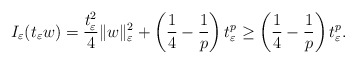
\begin{align*}I_{\varepsilon}(t_{\varepsilon}w)=\frac{t_{\varepsilon}^{2}}{4}\|w\|_{\varepsilon}^{2}+\left(\frac{1}{4}-\frac{1}{p}\right)t_{\varepsilon}^{p}\ge\left(\frac{1}{4}-\frac{1}{p}\right)t_{\varepsilon}^{p}.\end{align*}